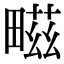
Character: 㽧